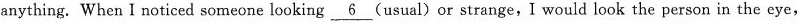
anything. When I noticed someone looking \underline{6}(unusual) or strange, I would look the person in the eye,